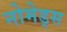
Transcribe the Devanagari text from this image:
नोमेड्स